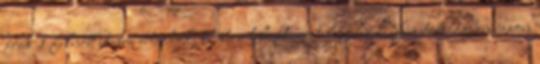
árak 1 felnőtt utasra értendők. Oberschleißheim település Németországban, azon